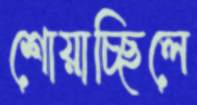
শোয়াচ্ছিলে